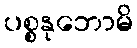
ပစ္စနုဘောမိ